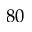
8 0